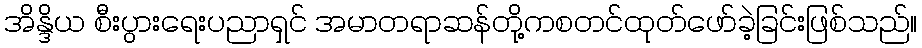
အိန္ဒိယ စီးပွားရေးပညာရှင် အမာတရာဆန်တို့ကစတင်ထုတ်ဖော်ခဲ့ခြင်းဖြစ်သည်။